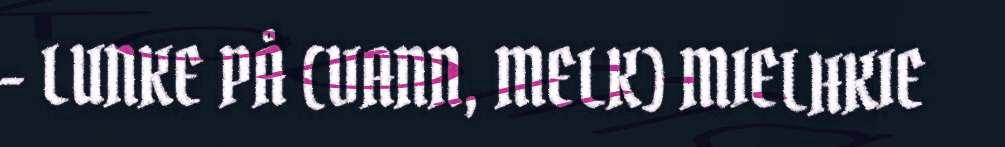
- LUNKE PÅ (VANN, MELK) MIELHKIE